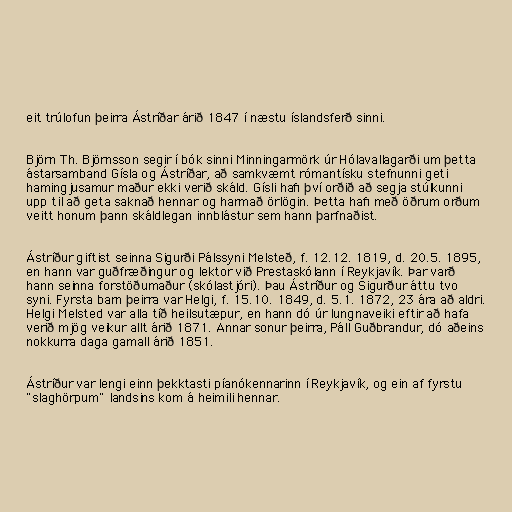
eit trúlofun þeirra Ástríðar árið 1847 í næstu íslandsferð sinni.

Björn Th. Björnsson segir í bók sinni Minningarmörk úr Hólavallagarði um þetta
ástarsamband Gísla og Ástríðar, að samkvæmt rómantísku stefnunni geti
hamingjusamur maður ekki verið skáld. Gísli hafi því orðið að segja stúlkunni
upp til að geta saknað hennar og harmað örlögin. Þetta hafi með öðrum orðum
veitt honum þann skáldlegan innblástur sem hann þarfnaðist.

Ástríður giftist seinna Sigurði Pálssyni Melsteð, f. 12.12. 1819, d. 20.5. 1895,
en hann var guðfræðingur og lektor við Prestaskólann í Reykjavík. Þar varð
hann seinna forstöðumaður (skólastjóri). Þau Ástríður og Sigurður áttu tvo
syni. Fyrsta barn þeirra var Helgi, f. 15.10. 1849, d. 5.1. 1872, 23 ára að aldri.
Helgi Melsted var alla tíð heilsutæpur, en hann dó úr lungnaveiki eftir að hafa
verið mjög veikur allt árið 1871. Annar sonur þeirra, Páll Guðbrandur, dó aðeins
nokkurra daga gamall árið 1851.

Ástríður var lengi einn þekktasti píanókennarinn í Reykjavík, og ein af fyrstu
"slaghörpum" landsins kom á heimili hennar.